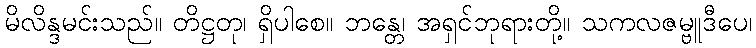
မိလိန္ဒမင်းသည်။ တိဋ္ဌတု၊ ရှိပါစေ။ ဘန္တေ၊ အရှင်ဘုရားတို့။ သကလဇမ္ဗူဒီပေ၊